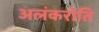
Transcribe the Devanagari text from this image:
अलंकरोति